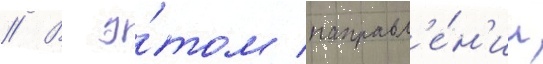
// В э́том направл'е́н'ии